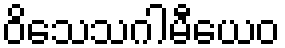
ဝိသေသဂါမီယေဝ